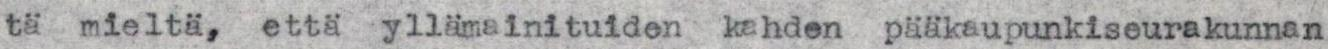
tä mieltä, että yllämainituiden kahden pääkaupunkiseurakunnan